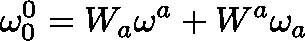
\mathbf { \omega } _ { 0 } ^ { 0 } = W _ { a } \mathbf { \omega } ^ { a } + W ^ { a } \mathbf { \omega } _ { a }